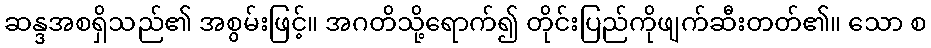
ဆန္ဒအစရှိသည်၏ အစွမ်းဖြင့်။ အဂတိသို့ရောက်၍ တိုင်းပြည်ကိုဖျက်ဆီးတတ်၏။ သော စ